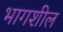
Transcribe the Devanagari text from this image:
भागशील